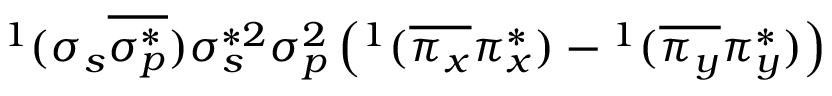
^ 1 ( \sigma _ { s } \overline { { \sigma _ { p } ^ { * } } } ) \sigma _ { s } ^ { * 2 } \sigma _ { p } ^ { 2 } \left( ^ 1 ( \overline { { \pi _ { x } } } \pi _ { x } ^ { * } ) - { } ^ { 1 } ( \overline { { \pi _ { y } } } \pi _ { y } ^ { * } ) \right)